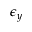
\epsilon { _ y }